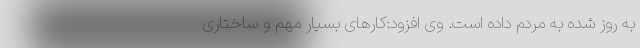
به روز شده به مردم داده است. وی افزود:‌کارهای بسیار مهم و ساختاری